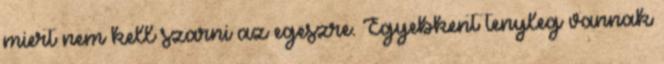
miert nem kell szarni az egeszre. Egyebkent tenyleg vannak